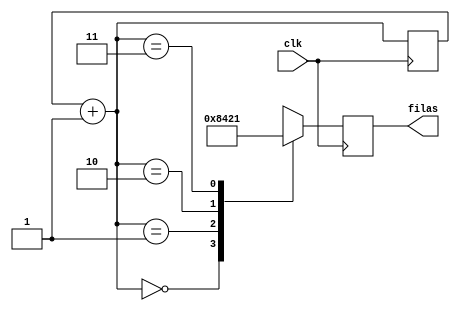
module barrido(clk, filas);

input clk;
output reg [3:0] filas = 0;

reg [1:0] selector = 0;

always@(posedge clk)begin

selector = selector + 1;

	case(selector)
			2'b00: filas = 4'b1000;
			2'b01: filas = 4'b0100;
			2'b10: filas = 4'b0010;
			2'b11: filas = 4'b0001;
	endcase
	
end

endmodule